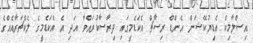
އިސްލާމިކް އެޑިޔުކޭޝަން އެންޑް ރިސާޗް އެކަޑެމީގައި ދިރާސާކުރައްވާ އަދި އެ އެކަޑެމީގެ ލެކްޗަރާއެއްގެ